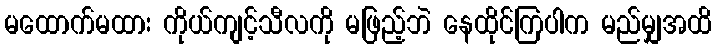
မထောက်မထား ကိုယ်ကျင့်သီလကို မဖြည့်ဘဲ နေထိုင်ကြပါက မည်မျှအထိ